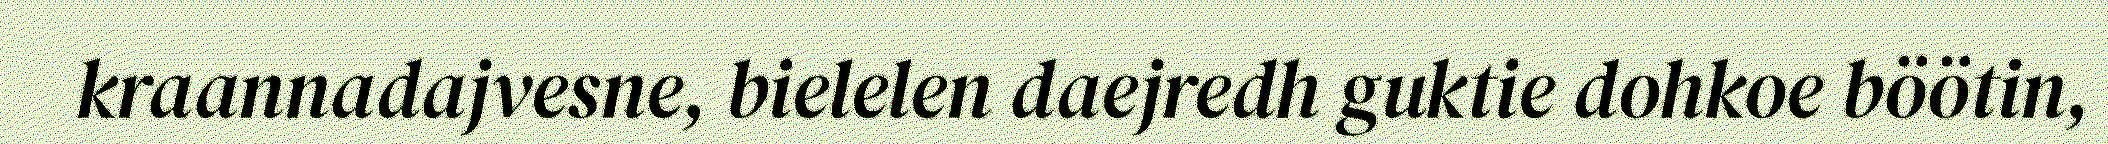
kraannadajvesne, bielelen daejredh guktie dohkoe böötin,